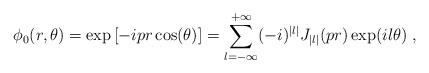
LaTeX: \begin{align*}\phi _0(r,\theta )=\exp \left[ -ipr\cos (\theta )\right] =\sum_{l=-\infty}^{+\infty }(-i)^{|l|}J_{|l|}(pr)\exp (il\theta )\;, \end{align*}